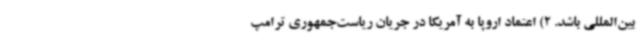
بین‌المللی باشد. 2) اعتماد اروپا به آمریکا در جریان ریاست‌جمهوری ترامپ